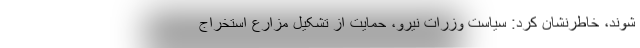
شوند، خاطرنشان کرد: سیاست وزرات نیرو، حمایت از تشکیل مزارع استخراج